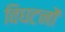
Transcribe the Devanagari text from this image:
विघटनों